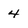
Character: 4